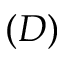
( D )